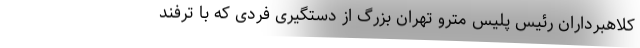
کلاهبرداران رئیس پلیس مترو تهران بزرگ از دستگیری فردی که با ترفند